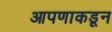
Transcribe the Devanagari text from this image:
आपणाकडून